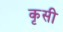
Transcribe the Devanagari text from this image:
कृसी